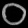
Digit: ၀